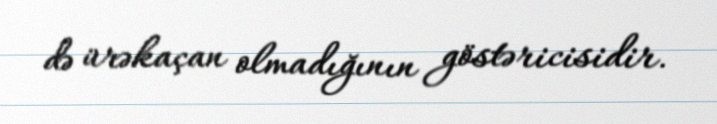
də ürəkaçan olmadığının göstəricisidir.